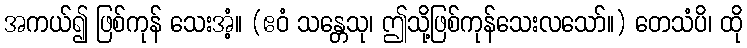
အကယ်၍ ဖြစ်ကုန် သေးအံ့။ (ဧဝံ သန္တေသု၊ ဤသို့ဖြစ်ကုန်သေးလသော်။) တေသံပိ၊ ထို